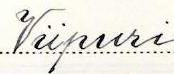
Viipuri